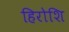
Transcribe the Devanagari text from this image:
हिरोशि